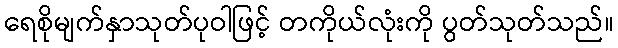
ရေစိုမျက်နှာသုတ်ပုဝါဖြင့် တကိုယ်လုံးကို ပွတ်သုတ်သည်။